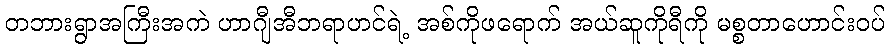
တဘားရွာအကြီးအကဲ ဟာဂျီအီဘရာဟင်ရဲ့ အစ်ကိုဖရောက် အယ်ဆူကိုရီကို မစ္စတာဟောင်းဝပ်